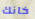
خانك